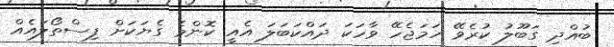
ބުއްދި ގަބޫލު ކުރެވޭ ހަމަޖެހޭ ވާހަކަ ދައްކަބަލަ އެއީ ކޮންމެ ގެޔަކަށް ފިސްތޯލައެއް